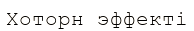
Хоторн эффекті